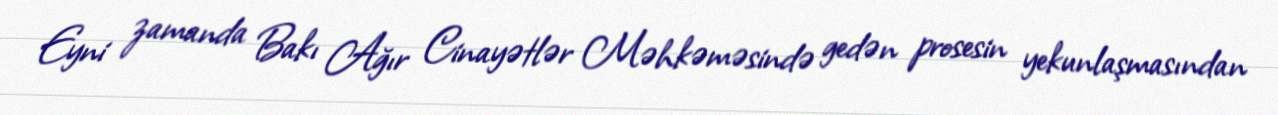
Eyni zamanda Bakı Ağır Cinayətlər Məhkəməsində gedən prosesin yekunlaşmasından